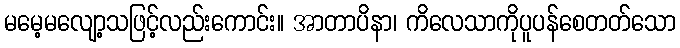
မမေ့မလျော့သဖြင့်လည်းကောင်း။ အာတာပိနာ၊ ကိလေသာကိုပူပန်စေတတ်သော